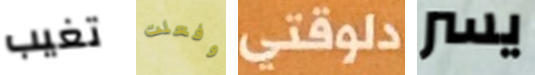
تغيب وفعلت دلوقتى يسر